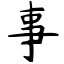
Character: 事